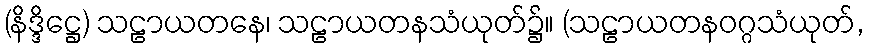
(နိဒ္ဒိဋ္ဌေ) သဠာယတနေ၊ သဠာယတနသံယုတ်၌။ (သဠာယတနဝဂ္ဂသံယုတ်,